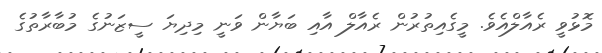
މޮޅުވީ ރެއާލްއެވެ. މީގެއިތުރުން ރެއާލް އާއި ބަޔާން ވަނީ މިދިޔަ ސީޒަނުގެ މުބާރާތުގެ